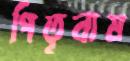
পিতৃনাম